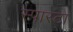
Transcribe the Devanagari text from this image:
स्पारटा